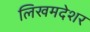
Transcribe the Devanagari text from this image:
लिखमदेशर